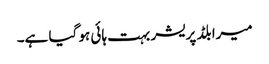
میرا بلڈ پریشر بہت ہائی ہو گیا ہے۔